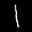
Label: 1